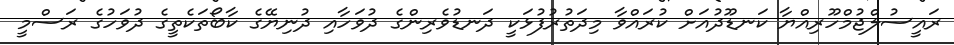
ރައީސުލްޖުމްހޫރިއްޔާ ކަނޑޫދުއަށް ކުރައްވާ މިދަތުރުފުޅަކީ ދަނޑުވެރިންގެ ދުވަހާއި ދުނިޔޭގެ ކާބޯތަކެތީގެ ދުވަހުގެ ރަސްމީ